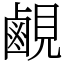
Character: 𬸳